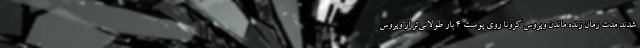
شدند مدت زمان زنده ماندن ویروس کرونا روی پوست ۴ بار طولانی‌تر از ویروس